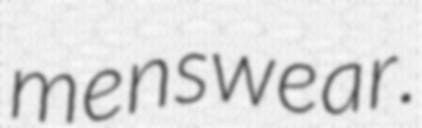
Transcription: menswear.